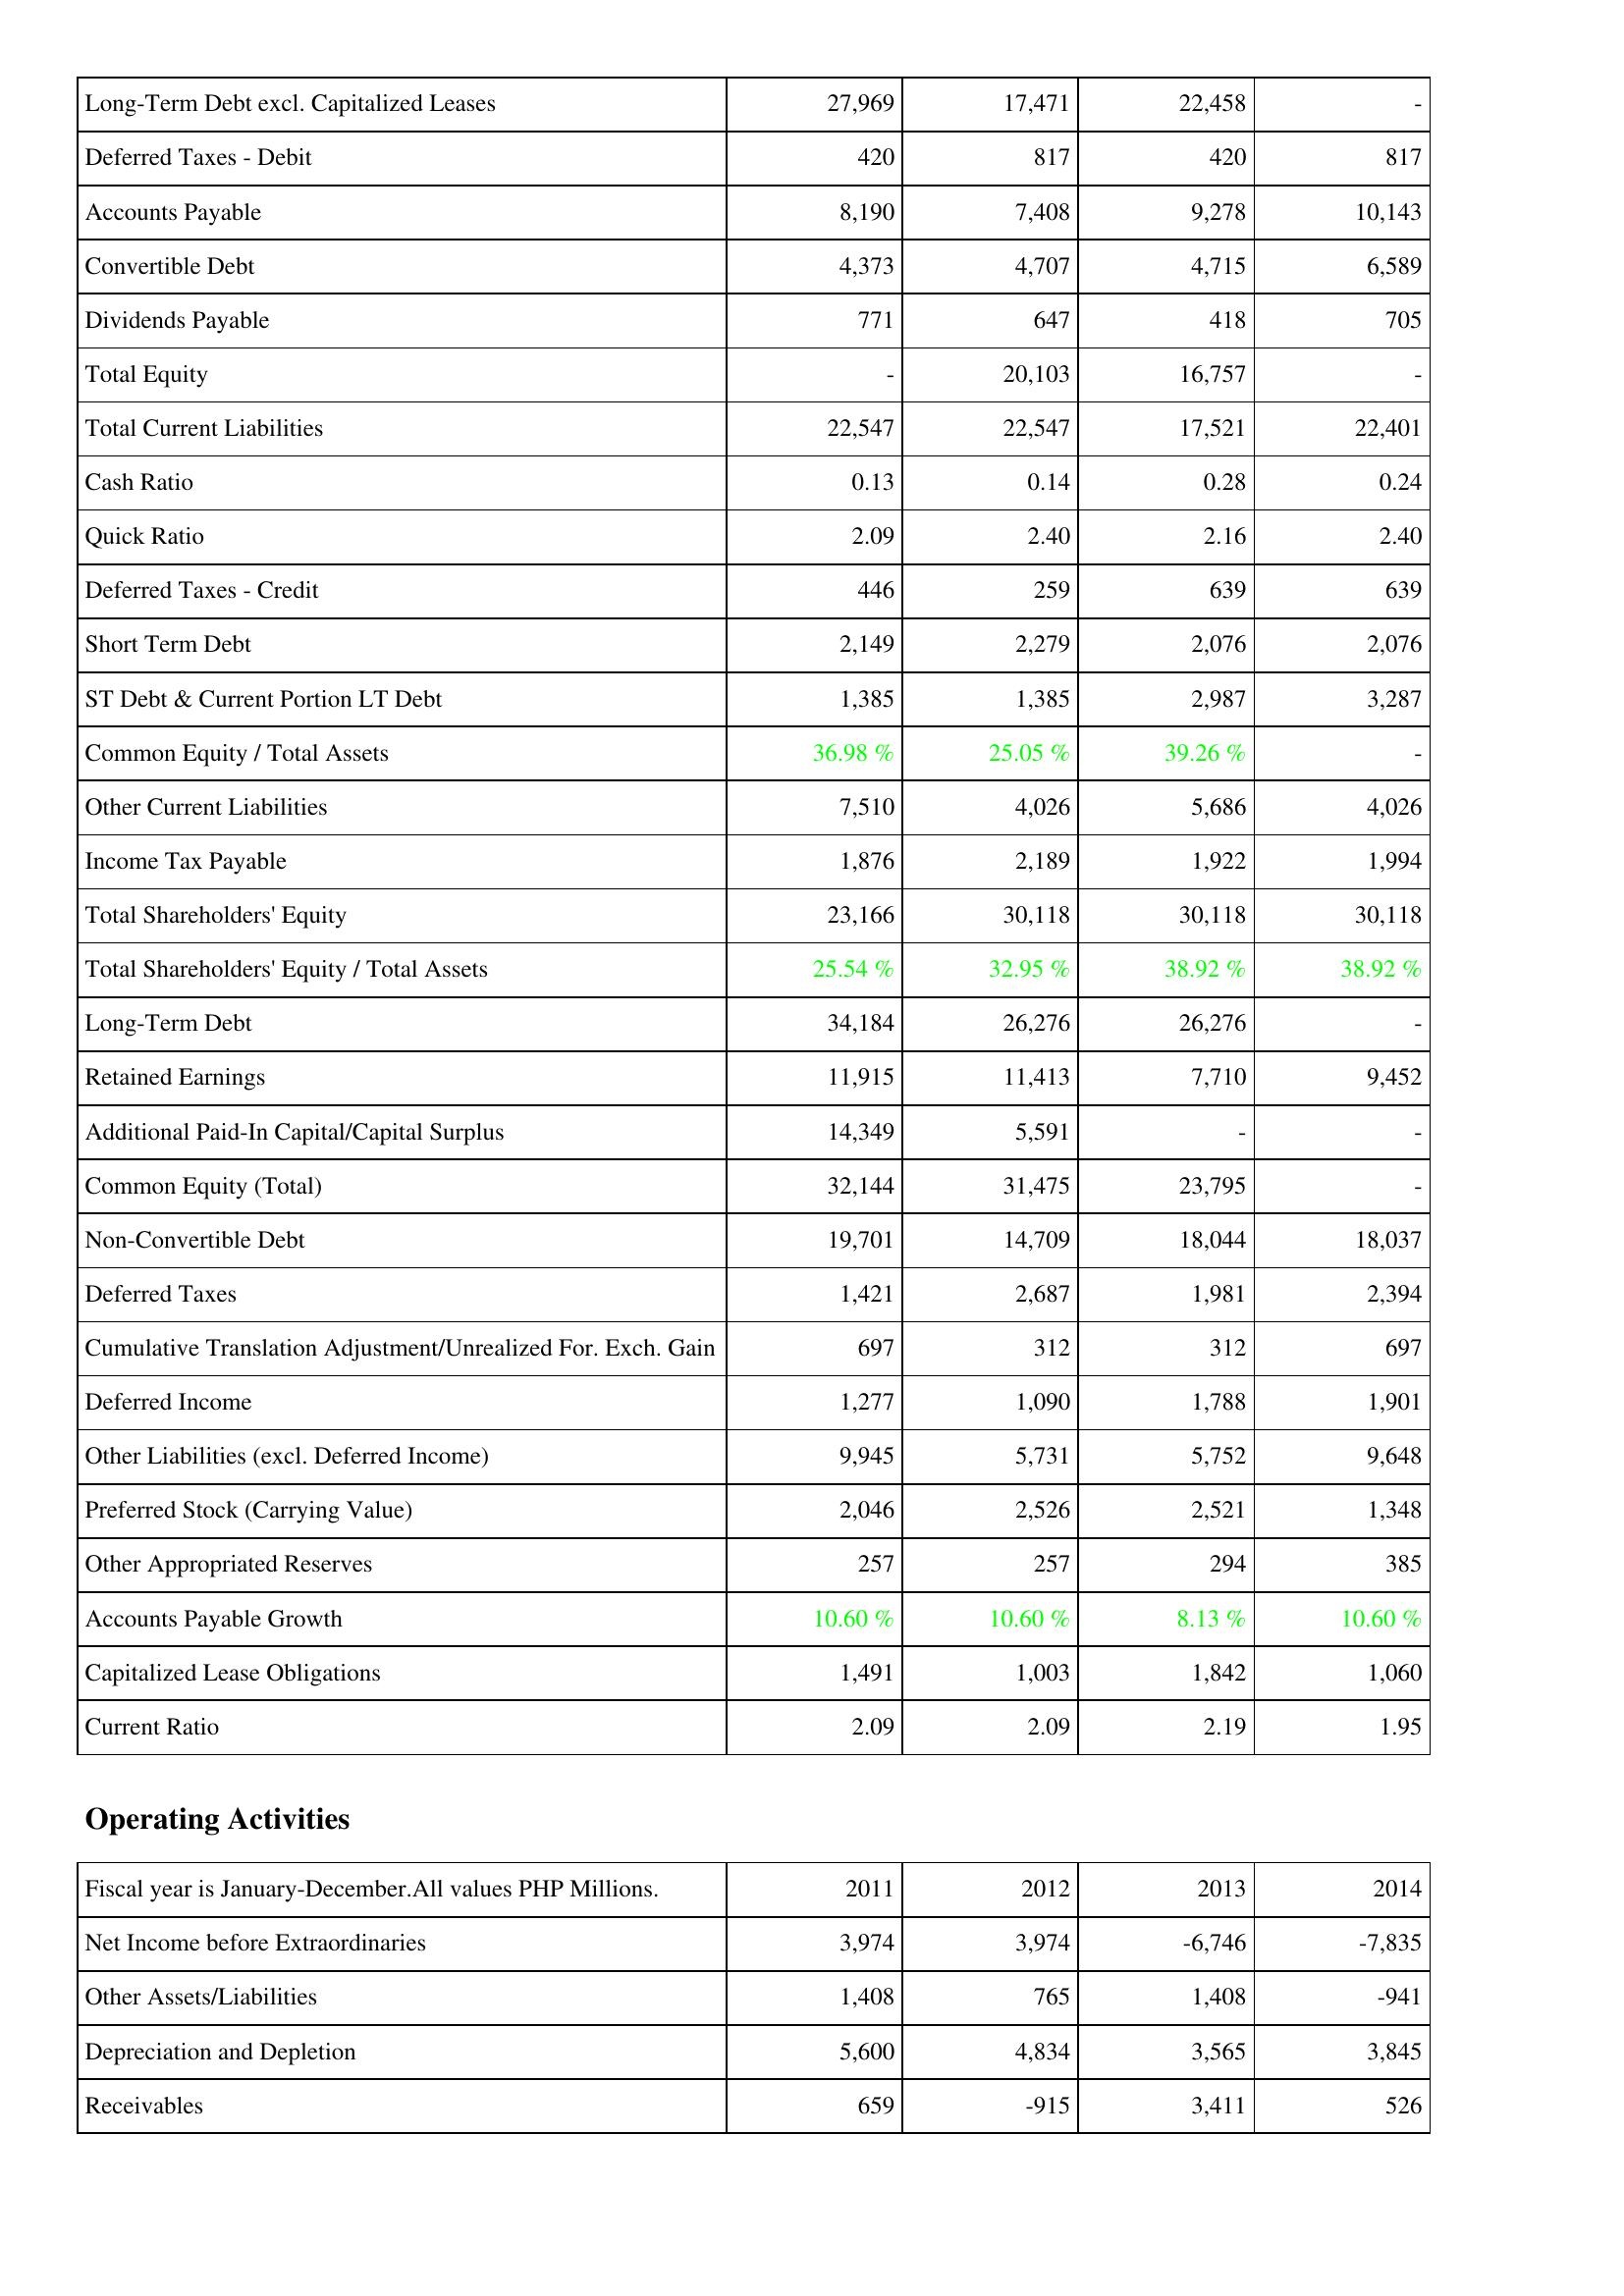
2011: Liabilities & Shareholders' Equity: Long-Term Debt excl. Capitalized Leases: 27,969
Deferred Taxes - Debit: 420
Accounts Payable: 8,190
Convertible Debt: 4,373
Dividends Payable: 771
Total Equity: -
Total Current Liabilities: 22,547
Cash Ratio: 0.13
Quick Ratio: 2.09
Deferred Taxes - Credit: 446
Short Term Debt: 2,149
ST Debt & Current Portion LT Debt: 1,385
Common Equity / Total Assets: 36.98 %
Other Current Liabilities: 7,510
Income Tax Payable: 1,876
Total Shareholders' Equity: 23,166
Total Shareholders' Equity / Total Assets: 25.54 %
Long-Term Debt: 34,184
Retained Earnings: 11,915
Additional Paid-In Capital/Capital Surplus: 14,349
Common Equity (Total): 32,144
Non-Convertible Debt: 19,701
Deferred Taxes: 1,421
Cumulative Translation Adjustment/Unrealized For. Exch. Gain: 697
Deferred Income: 1,277
Other Liabilities (excl. Deferred Income): 9,945
Preferred Stock (Carrying Value): 2,046
Other Appropriated Reserves: 257
Accounts Payable Growth: 10.60 %
Capitalized Lease Obligations: 1,491
Current Ratio: 2.09
Operating Activities: Net Income before Extraordinaries: 3,974
Other Assets/Liabilities: 1,408
Depreciation and Depletion: 5,600
Receivables: 659
2012: Liabilities & Shareholders' Equity: Long-Term Debt excl. Capitalized Leases: 17,471
Deferred Taxes - Debit: 817
Accounts Payable: 7,408
Convertible Debt: 4,707
Dividends Payable: 647
Total Equity: 20,103
Total Current Liabilities: 22,547
Cash Ratio: 0.14
Quick Ratio: 2.40
Deferred Taxes - Credit: 259
Short Term Debt: 2,279
ST Debt & Current Portion LT Debt: 1,385
Common Equity / Total Assets: 25.05 %
Other Current Liabilities: 4,026
Income Tax Payable: 2,189
Total Shareholders' Equity: 30,118
Total Shareholders' Equity / Total Assets: 32.95 %
Long-Term Debt: 26,276
Retained Earnings: 11,413
Additional Paid-In Capital/Capital Surplus: 5,591
Common Equity (Total): 31,475
Non-Convertible Debt: 14,709
Deferred Taxes: 2,687
Cumulative Translation Adjustment/Unrealized For. Exch. Gain: 312
Deferred Income: 1,090
Other Liabilities (excl. Deferred Income): 5,731
Preferred Stock (Carrying Value): 2,526
Other Appropriated Reserves: 257
Accounts Payable Growth: 10.60 %
Capitalized Lease Obligations: 1,003
Current Ratio: 2.09
Operating Activities: Net Income before Extraordinaries: 3,974
Other Assets/Liabilities: 765
Depreciation and Depletion: 4,834
Receivables: -915
2013: Liabilities & Shareholders' Equity: Long-Term Debt excl. Capitalized Leases: 22,458
Deferred Taxes - Debit: 420
Accounts Payable: 9,278
Convertible Debt: 4,715
Dividends Payable: 418
Total Equity: 16,757
Total Current Liabilities: 17,521
Cash Ratio: 0.28
Quick Ratio: 2.16
Deferred Taxes - Credit: 639
Short Term Debt: 2,076
ST Debt & Current Portion LT Debt: 2,987
Common Equity / Total Assets: 39.26 %
Other Current Liabilities: 5,686
Income Tax Payable: 1,922
Total Shareholders' Equity: 30,118
Total Shareholders' Equity / Total Assets: 38.92 %
Long-Term Debt: 26,276
Retained Earnings: 7,710
Additional Paid-In Capital/Capital Surplus: -
Common Equity (Total): 23,795
Non-Convertible Debt: 18,044
Deferred Taxes: 1,981
Cumulative Translation Adjustment/Unrealized For. Exch. Gain: 312
Deferred Income: 1,788
Other Liabilities (excl. Deferred Income): 5,752
Preferred Stock (Carrying Value): 2,521
Other Appropriated Reserves: 294
Accounts Payable Growth: 8.13 %
Capitalized Lease Obligations: 1,842
Current Ratio: 2.19
Operating Activities: Net Income before Extraordinaries: -6,746
Other Assets/Liabilities: 1,408
Depreciation and Depletion: 3,565
Receivables: 3,411
2014: Liabilities & Shareholders' Equity: Long-Term Debt excl. Capitalized Leases: -
Deferred Taxes - Debit: 817
Accounts Payable: 10,143
Convertible Debt: 6,589
Dividends Payable: 705
Total Equity: -
Total Current Liabilities: 22,401
Cash Ratio: 0.24
Quick Ratio: 2.40
Deferred Taxes - Credit: 639
Short Term Debt: 2,076
ST Debt & Current Portion LT Debt: 3,287
Common Equity / Total Assets: -
Other Current Liabilities: 4,026
Income Tax Payable: 1,994
Total Shareholders' Equity: 30,118
Total Shareholders' Equity / Total Assets: 38.92 %
Long-Term Debt: -
Retained Earnings: 9,452
Additional Paid-In Capital/Capital Surplus: -
Common Equity (Total): -
Non-Convertible Debt: 18,037
Deferred Taxes: 2,394
Cumulative Translation Adjustment/Unrealized For. Exch. Gain: 697
Deferred Income: 1,901
Other Liabilities (excl. Deferred Income): 9,648
Preferred Stock (Carrying Value): 1,348
Other Appropriated Reserves: 385
Accounts Payable Growth: 10.60 %
Capitalized Lease Obligations: 1,060
Current Ratio: 1.95
Operating Activities: Net Income before Extraordinaries: -7,835
Other Assets/Liabilities: -941
Depreciation and Depletion: 3,845
Receivables: 526